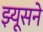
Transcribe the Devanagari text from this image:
झ्यूसने